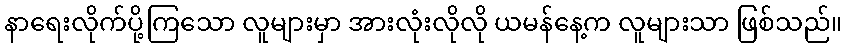
နာရေးလိုက်ပို့ကြသော လူများမှာ အားလုံးလိုလို ယမန်နေ့က လူများသာ ဖြစ်သည်။